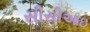
સીસીઆઇ